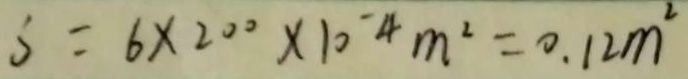
S = 6 \times 2 0 0 \times 1 0 ^ { - 4 } m ^ { 2 } = 0 . 1 2 m ^ { 2 }